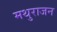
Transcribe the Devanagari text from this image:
मथुराजन